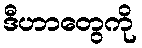
ဒီဟာတွေကို